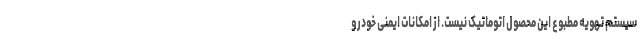
سیستم تهویه مطبوع این محصول اتوماتیک نیست. از امکانات ایمنی خودرو